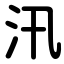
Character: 汛